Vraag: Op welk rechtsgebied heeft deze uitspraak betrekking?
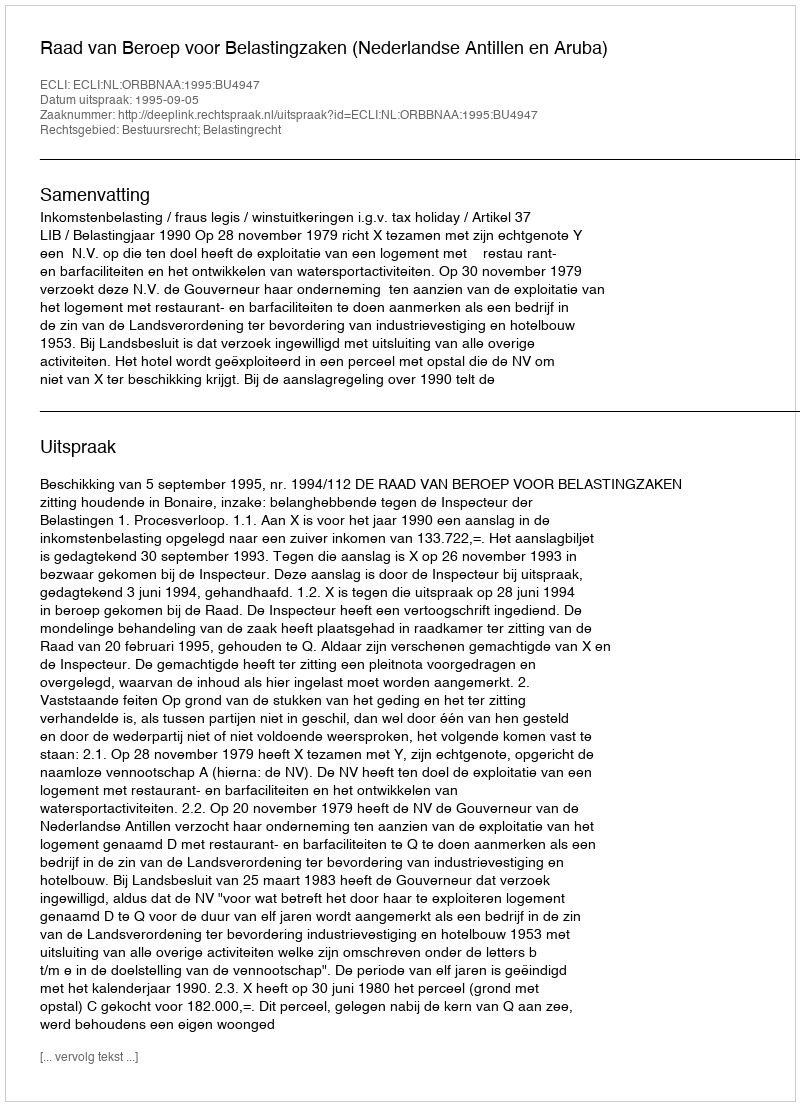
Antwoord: Bestuursrecht; Belastingrecht